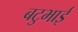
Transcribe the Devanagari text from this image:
बटुभाई